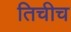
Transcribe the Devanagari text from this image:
तिचीच